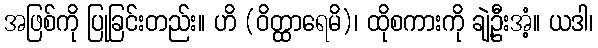
အဖြစ်ကို ပြုခြင်းတည်း။ ဟိ (ဝိတ္ထာရေမိ)၊ ထိုစကားကို ချဲ့ဦးအံ့။ ယဒါ၊